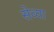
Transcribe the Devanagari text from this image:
सेव्या